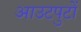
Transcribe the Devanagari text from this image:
आउटपुटों